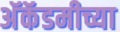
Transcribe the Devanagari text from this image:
अॅकॅडमीच्या